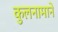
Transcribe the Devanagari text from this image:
कुलनामाने